system: You are a helpful assistant.
user:
Analyze the provided spectrum to determine if it is a **White Dwarf (WD)**.

A White Dwarf spectrum is defined by its **extreme purity** (due to gravitational settling) and/or **extreme pressure broadening** (due to high surface gravity). You must check for one of the following mutually exclusive signatures:

- **Key Visual Indicators (Check for ONE of these types):**

    - **1. DA-Type Signature (Most Common):**
        - **(Primary Feature):** Extreme pressure broadening (Stark broadening) of the **Hydrogen (H) Balmer lines**.
        - **(Key Lines):** $H\beta$ (approx. $4861$ Å) and $H\gamma$ (approx. $4340$ Å). $H\alpha$ (approx. $6563$ Å) will also be present if the wavelength range covers it.
        - **(Line Profile):** This is the **defining feature**. The lines are **NOT** sharp. They appear as massive, **extremely broad and deep "troughs" or "dips"** in the spectrum, often hundreds of Ångströms wide. The continuum will appear to "scoop" down at these wavelengths.
        - **(Distinction):** Normal A-type or B-type stars have *narrow* and *sharp* Hydrogen lines. A DA White Dwarf's lines are unmistakably "smeared" or "blurry" from pressure.

    - **2. DB-Type Signature:**
        - **(Primary Feature):** Broad absorption lines from **Neutral Helium (He I)**. The spectrum must lack any visible Hydrogen lines.
        - **(Key Lines):** Look for broad absorption near $4471$ Å, $4921$ Å, and $5876$ Å.
        - **(Line Profile):** These lines are also significantly pressure-broadened, appearing much wider than they would in a normal B-type main-sequence star.

    - **3. DC-Type Signature:**
        - **(Primary Feature):** A **featureless continuous spectrum**.
        - **(Line Profile):** The spectrum is a smooth curve with **no significant absorption or emission lines**.
        - **(Key Confirmation):** The continuum is almost always **blue or white**, indicating a hot object. This signature implies the atmosphere is so pure (or so cool) that no spectral lines are visible in the optical range. Its WD identity is confirmed by its extremely low intrinsic brightness (high absolute magnitude).

    - **4. DZ-Type Signature (Metal-Polluted):**
        - **(Primary Feature):** **Isolated, narrow metal absorption lines** on an otherwise featureless (DC-like) continuum.
        - **(Key Lines):** The **Calcium (Ca II) H & K doublet** (approx. **$3934$ Å** and **$3968$ Å**) is the most common and defining feature.
        - **(Line Profile):** These lines are "out of place." They are *not* part of a "forest" of thousands of lines. This signature is evidence of recent *accretion* (pollution) from rocky debris.
        - **(Distinction):** Normal G/K/M stars have a *dense forest* of thousands of metal lines. A DZ has a *clean* continuum with *only a few* strong metal lines.

    - **5. DQ-Type Signature (Carbon-Polluted):**
        - **(Primary Feature):** Absorption bands from **Carbon (C₂ "Swan Bands" or atomic C I)**.
        - **(Key Lines - C₂):** Look for bandheads with a "saw-tooth" shape near $5635$ Å, **$5165$ Å** (strongest), and $4737$ Å.
        - **(Key Confirmation):** The underlying **continuum must be blue or white** (hot).
        - **(Distinction):** This is the critical difference from a **Carbon Star**, which has the *exact same* C₂ bands but on an extremely **red, cool** continuum.

- **(Overall Spectrum):**
    - The continuum (overall shape) is typically **blue-sloping** (brighter in the blue than the red), as most white dwarfs are very hot.
    - The spectrum will look "pure" or "simple," dominated by only *one* of the five signatures listed above.

Think first, call **spectral_visualization_tool** if needed to examine features in detail, then provide your final answer. Your response must adhere to the following strict rules:
1.  **Overall Structure:** Your response must follow the format `<think>...</think> <tool_call>...</tool_call> (if a tool is used) <answer>...</answer>`.
2.  **Tool Usage Constraint:** You may only make **one** tool call per turn.
3.  **Final Answer Format:** In the `<answer>` tag, your conclusion must be inside a `\boxed{}` command (e.g., `\boxed{YES}` or `\boxed{NO}`), followed by your justification.

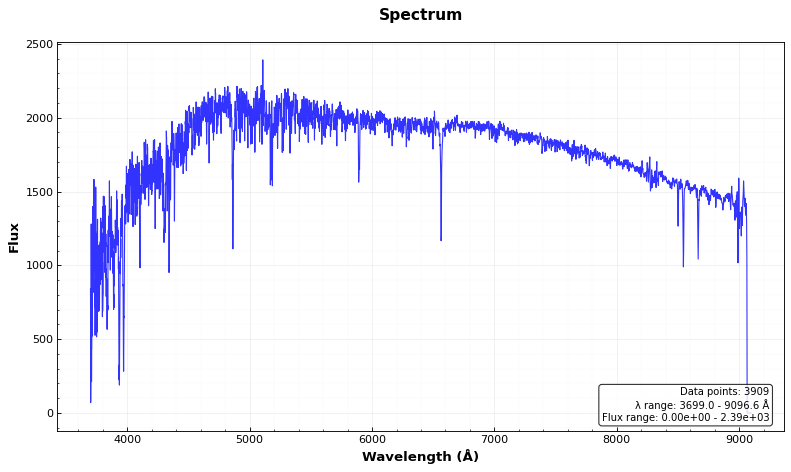
Answer: NO